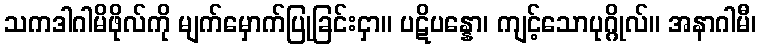
သကဒါဂါမိဖိုလ်ကို မျက်မှောက်ပြုခြင်းငှာ။ ပဋိပန္နော၊ ကျင့်သောပုဂ္ဂိုလ်။ အနာဂါမီ၊